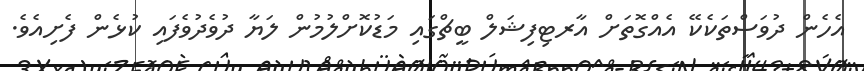
އެހެން ދުވަސްތަކެކޭ އެއްގޮތަށް އާރޓިފިޝަލް ބީޗްގައި މަޑުކޮށްލުމުން ލަޔާ ދުވެދުވެފައި ކުޅެން ފެށިއެވެ.